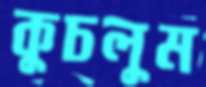
কুচলুম